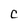
Character: c